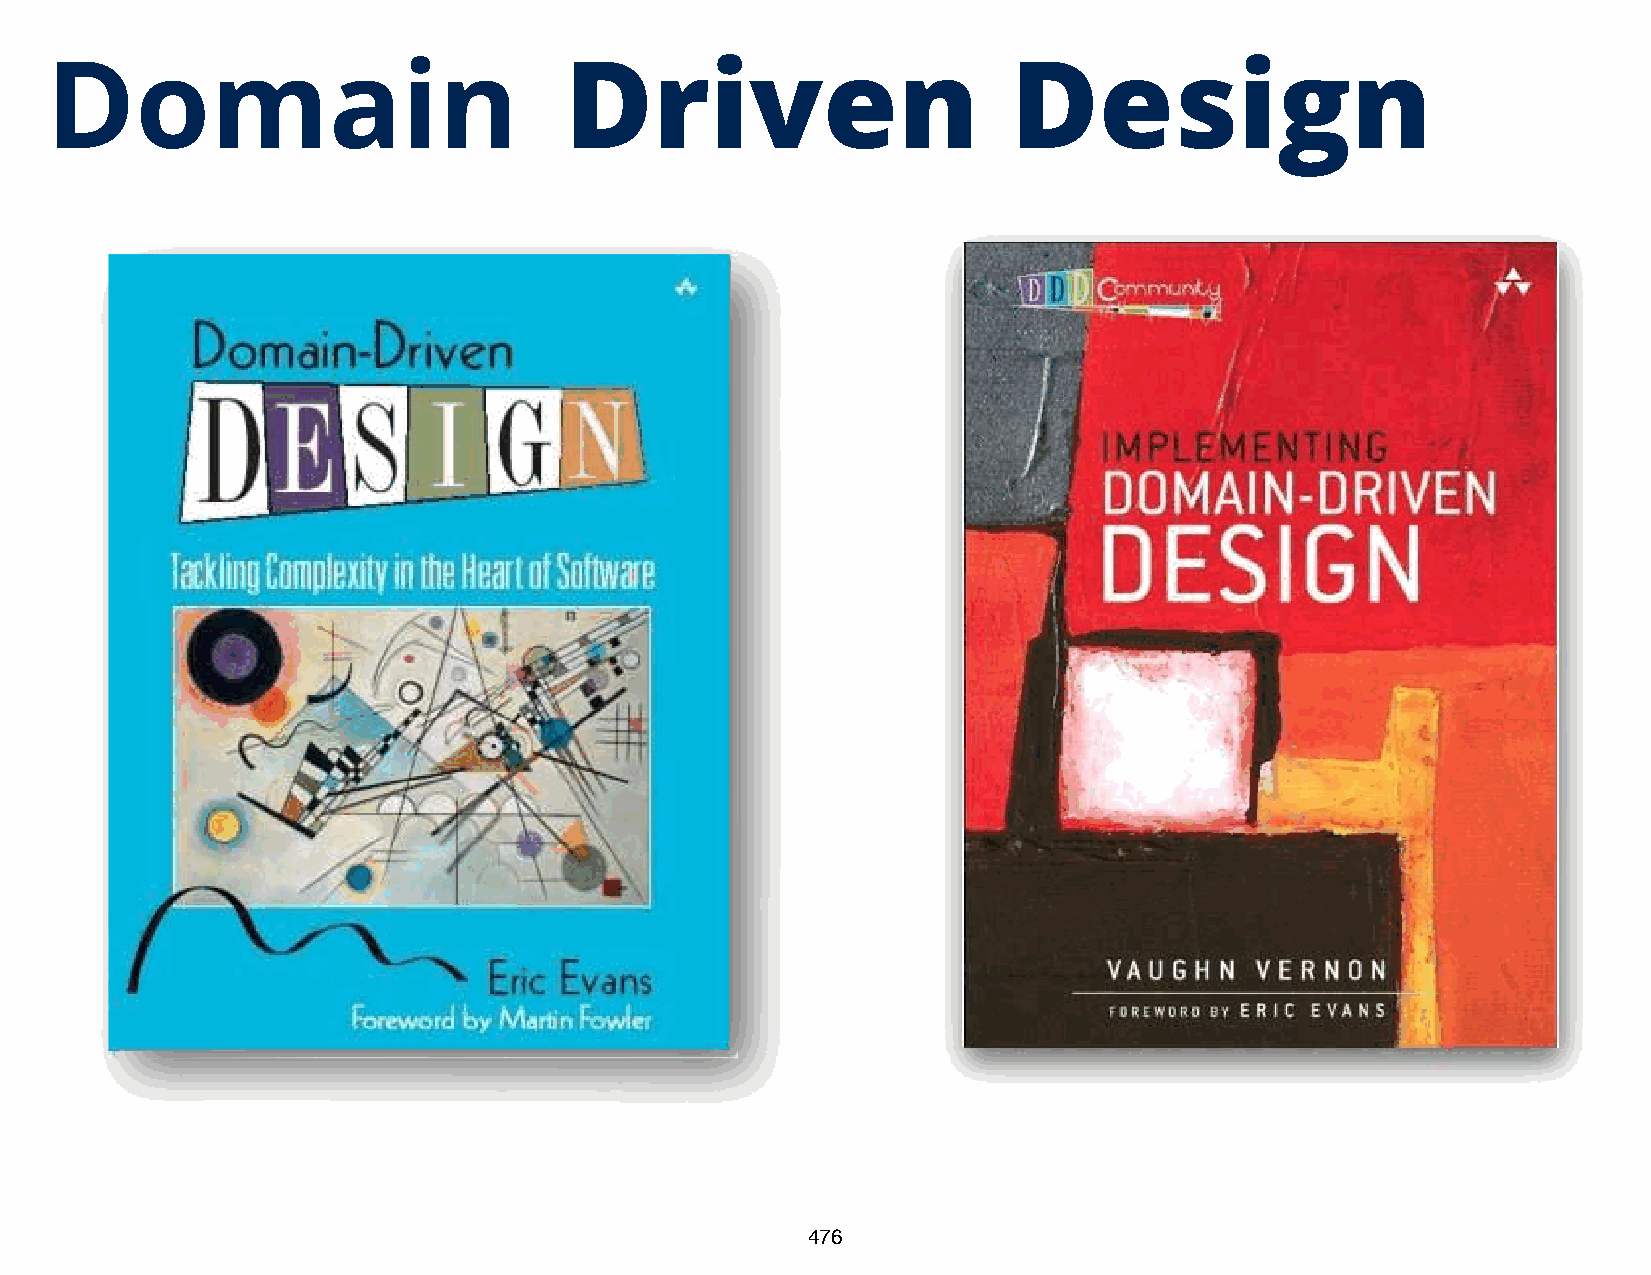
Dom                a    i n       Driven                        Design
 476